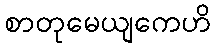
စာတုမေယျကေဟိ